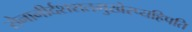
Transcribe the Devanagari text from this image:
सेनानीर्दशशतमुखैरप्यहिपति